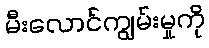
မီးလောင်ကျွမ်းမှုကို